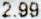
2.99